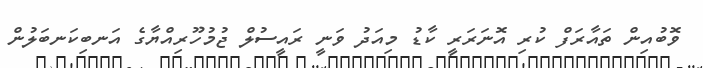
ވޮބުއިން ތައާރަފް ކުރި އޮނަރަރީ ކާޑު މިއަދު ވަނީ ރައީސުލް ޖުމުހޫރިއްޔާގެ އަނބިކަނބަލުން